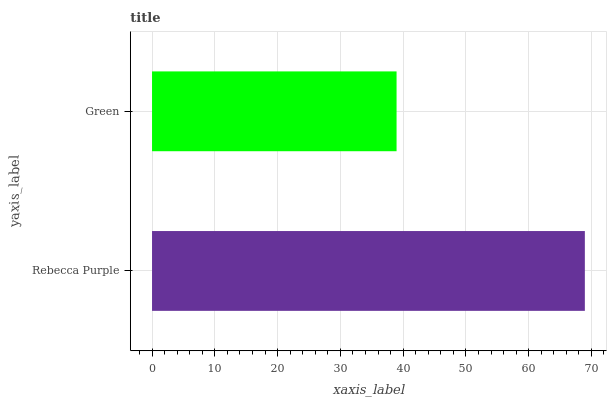
| yaxis_label | bars |
 | --- | --- |
 | Rebecca Purple | 69 |
 | Green | 39 |